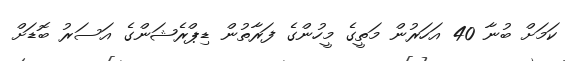
ކަމަށް ބުނާ 40 އަހަރުން މަތީގެ މީހުންގެ ފަރާތުން ޑިޕްރެޝަންގެ އަސަރު ބޮޑަށް